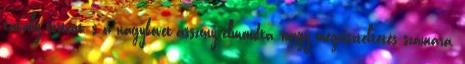
tavaly történt, s a nagykövet-asszony elmondta, nagy megtiszteltetés számára,